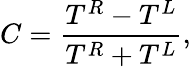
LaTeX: C=\frac{T^{R}-T^{L}}{T^{R}+T^{L}},